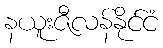
နယူးဇီလန်နိုင်ငံ